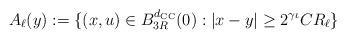
LaTeX: \begin{align*}A_\ell(y) := \{ (x,u)\in B_{3R}^{d_{\mathrm{CC}}}(0) : |x-y|\ge 2^{\gamma \iota }C R_\ell \}\end{align*}